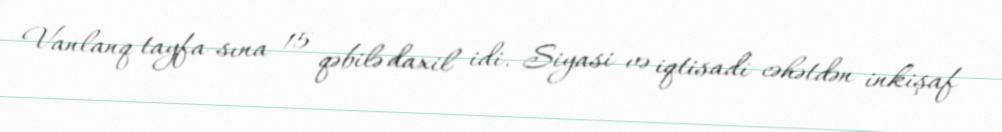
Vanlanq tayfa-sına 15 qəbilə daxil idi. Siyasi və iqtisadi cəhətdən inkişaf